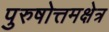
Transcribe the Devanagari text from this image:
पुरुषोत्तमक्षेत्र